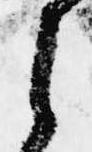
之